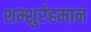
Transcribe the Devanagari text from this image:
शम्शुर्रहमान